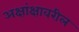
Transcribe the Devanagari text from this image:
अक्षांक्षावरील